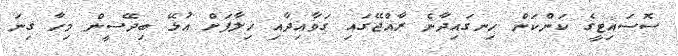
ސޮސައިޓީގެ ކަންކަން ހިނގައިދާނެ ރާއްޖޭގައި ގަވާއިދާއި ޚިލާފަށް އުޅޭ ބިދޭސީން މިހާ ގިނަ